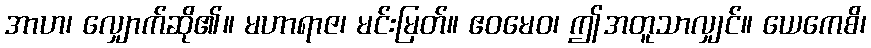
အာဟ၊ လျှောက်ဆို၏။ မဟာရာဇ၊ မင်းမြတ်။ ဧဝမေဝ၊ ဤအတူသာလျှင်။ ယေကေစိ၊